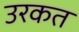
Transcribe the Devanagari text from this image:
उरकत